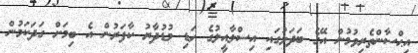
އިޙްސާންތެރިވުމުން އޭގެ ބަދަލުގައި އިސްލާއީލުގެ ހަޑި މުޑުދާރު ކާފަރުން އެ ބިމަށް ގަދަކަމުން